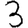
Digit: 3